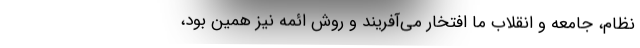
نظام، جامعه و انقلاب ما افتخار می‌آفریند و روش ائمه نیز همین بود،